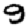
Digit: 9